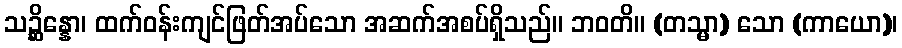
သဉ္ဆိန္နော၊ ထက်ဝန်းကျင်ဖြတ်အပ်သော အဆက်အစပ်ရှိသည်။ ဘဝတိ။ (တသ္မာ) သော (ကာယော)၊